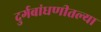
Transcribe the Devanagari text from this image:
दुर्गबांधणीतल्या